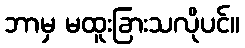
ဘာမှ မထူးခြားသလိုပင်။